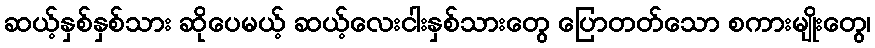
ဆယ့်နှစ်နှစ်သား ဆိုပေမယ့် ဆယ့်လေးငါးနှစ်သားတွေ ပြောတတ်သော စကားမျိုးတွေ၊